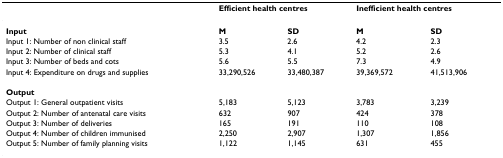
<table><thead><tr><td></td><td colspan="2"><b>Efficient health centres</b></td><td colspan="2"><b>Inefficient health centres</b></td></tr></thead><tbody><tr><td><b>Input</b></td><td><b>M</b></td><td><b>SD</b></td><td><b>M</b></td><td><b>SD</b></td></tr><tr><td>Input 1: Number of non clinical staff</td><td>3.5</td><td>2.6</td><td>4.2</td><td>2.3</td></tr><tr><td>Input 2: Number of clinical staff</td><td>5.3</td><td>4.1</td><td>5.2</td><td>2.6</td></tr><tr><td>Input 3: Number of beds and cots</td><td>5.6</td><td>5.5</td><td>7.3</td><td>4.9</td></tr><tr><td>Input 4: Expenditure on drugs and supplies</td><td>33,290,526</td><td>33,480,387</td><td>39,369,572</td><td>41,513,906</td></tr><tr><td><b>Output</b></td><td></td><td></td><td></td><td></td></tr><tr><td>Output 1: General outpatient visits</td><td>5,183</td><td>5,123</td><td>3,783</td><td>3,239</td></tr><tr><td>Output 2: Number of antenatal care visits</td><td>632</td><td>907</td><td>424</td><td>378</td></tr><tr><td>Output 3: Number of deliveries</td><td>165</td><td>191</td><td>110</td><td>108</td></tr><tr><td>Output 4: Number of children immunised</td><td>2,250</td><td>2,907</td><td>1,307</td><td>1,856</td></tr><tr><td>Output 5: Number of family planning visits</td><td>1,122</td><td>1,145</td><td>631</td><td>455</td></tr></tbody></table>